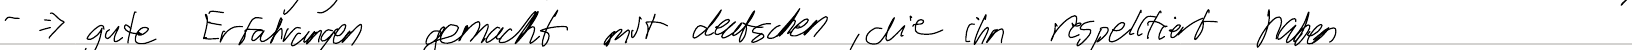
- => gute Erfahrungen gemacht mit deutschen, die ihn respektiert haben